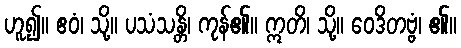
ဟူ၍။ ဧဝံ၊ သို့။ ပသံသန္တိ၊ ကုန်၏။ ဣတိ၊ သို့။ ဝေဒိတဗ္ဗံ၊ ၏။